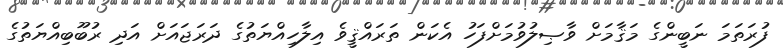
ފުރަތަމަ ނަބީންގެ މަޤާމަށް ވާޞިލުވުމަށްފަހު އެކަން ތަރައްޤީވެ އިލާހިއްޔަތުގެ ދަރަޖައަށް އަދި ރުބޫބިއްޔަތުގެ